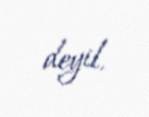
deyil.